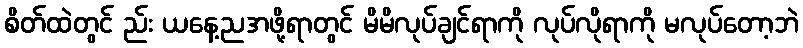
စိတ်ထဲတွင် ည်း ယနေ့ညအဖို့ရာတွင် မိမိလုပ်ချင်ရာကို လုပ်လိုရာကို မလုပ်တော့ဘဲ